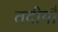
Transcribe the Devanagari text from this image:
तदीयौ